Annual administration report of the Civil Veterinary Department, Sind - 1941-1942
Year: 1941
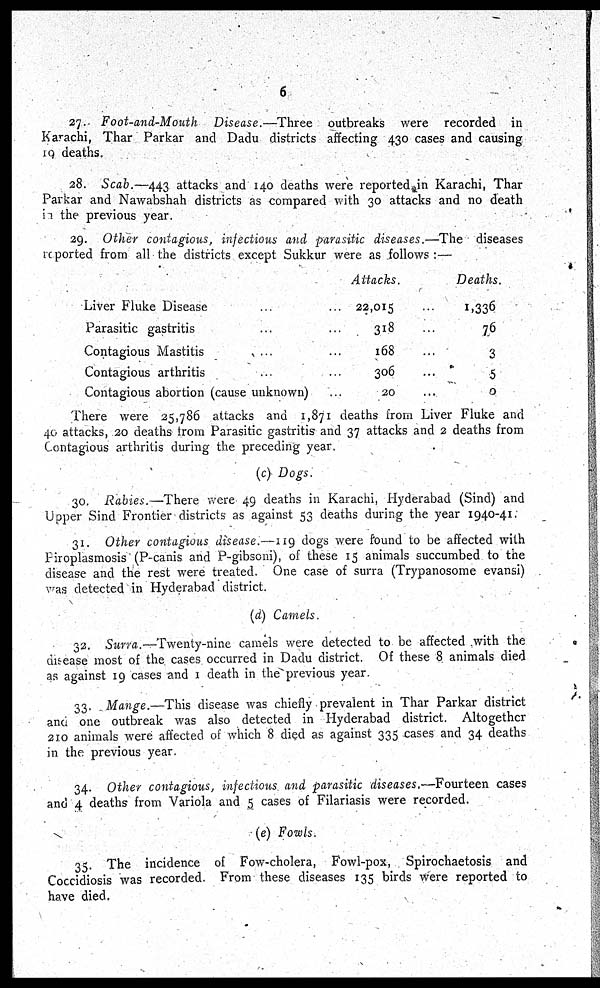
6
27. Foot-and-Mouth Disease.—Three outbreaks were recorded in
Karachi, Thar Parkar and Dadu districts affecting 430 cases and causing
19 deaths.
28. Scab.—443 attacks and 140 deaths were reported in Karachi, Thar
Parkar and Nawabshah districts as compared with 30 attacks and no death
in the previous year.
29. Other contagious, infectious and parasitic diseases.—The diseases
reported from all the districts except Sukkur were as follows :—
Liver Fluke Disease ... ...
Parasitic gastritis ... ...
Contagious Mastitis ... ...
Contagious arthritis ... ...
Contagious abortion (cause unknown) ...
Attacks.
22,015 ...
318 ...
168 ...
306 ...
20 ...
Deaths.
1,336
76
3
5
0
There were 25,786 attacks and 1,871 deaths from Liver Fluke and
40 attacks, 20 deaths from Parasitic gastritis and 37 attacks and 2 deaths from
Contagious arthritis during the preceding year.
(c) Dogs.
30. Rabies.—There were 49 deaths in Karachi, Hyderabad (Sind) and
Upper Sind Frontier districts as against 53 deaths during the year 1940-41.
31. Other contagious disease.—119 dogs were found to be affected with
Piroplasmosis (P-canis and P-gibsoni), of these 15 animals succumbed to the
disease and the rest were treated. One case of surra (Trypanosome evansi)
was detected in Hyderabad district.
(d) Camels.
32. Surra. —Twenty-nine camels were detected to be affected with the
disease most of the cases occurred in Dadu district. Of these 8 animals died
as against 19 cases and 1 death in the previous year.
33. Mange.—This disease was chiefly prevalent in Thar Parkar district
and one outbreak was also detected in Hyderabad district. Altogether
210 animals were affected of which 8 died as against 335 cases and 34 deaths
in the previous year.
34. Other contagious, infectious and parasitic diseases.—Fourteen cases
and 4 deaths from Variola and 5 cases of Filariasis were recorded.
(e) Fowls.
35. The incidence of Fow-cholera, Fowl-pox, Spirochaetosis and
Coccidiosis was recorded. From these diseases 135 birds were reported to
have died.